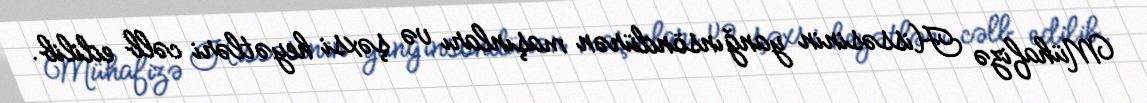
Mühafizə Hissəsinin yanğınsöndürən maşınları və şəxsi heyətləri cəlb edilib.